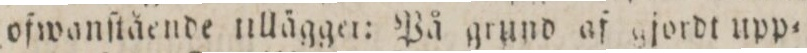
ofwanſtående ullägger: På grund af gjordt upp=